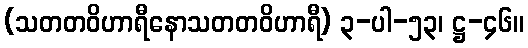
(သတတဝိဟာရီနောသတတဝိဟာရီ) ၃-ပါ-၅၃၊ ဋ္ဌ-၄၆။